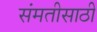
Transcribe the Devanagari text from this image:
संमतीसाठी